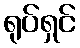
ရုပ်ရှင်